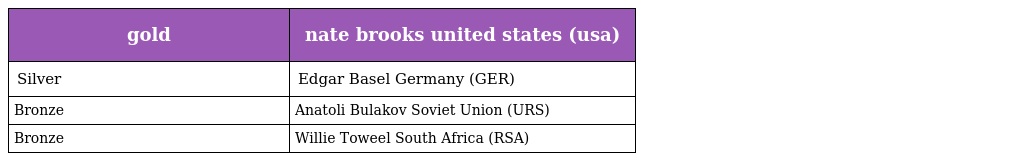
| gold | nate brooks united states (usa) |
 | --- | --- |
 | Silver | Edgar Basel Germany (GER) |
 | Bronze | Anatoli Bulakov Soviet Union (URS) |
 | Bronze | Willie Toweel South Africa (RSA) |